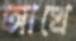
আখে